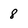
Character: 8